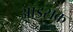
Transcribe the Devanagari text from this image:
आइसक